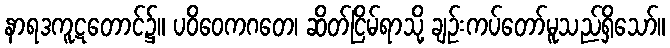
နာရဒကူဋတောင်၌။ ပဝိဝေကဂတေ၊ ဆိတ်ငြိမ်ရာသို့ ချဉ်းကပ်တော်မူသည်ရှိသော်။